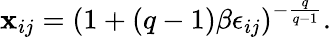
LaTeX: \mathbf{x}_{ij}=(1+(q-1)\beta\epsilon_{ij})^{-\frac{{q}}{{q-1}}}.